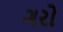
ગરો